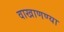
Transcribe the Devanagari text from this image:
वाखाणण्या